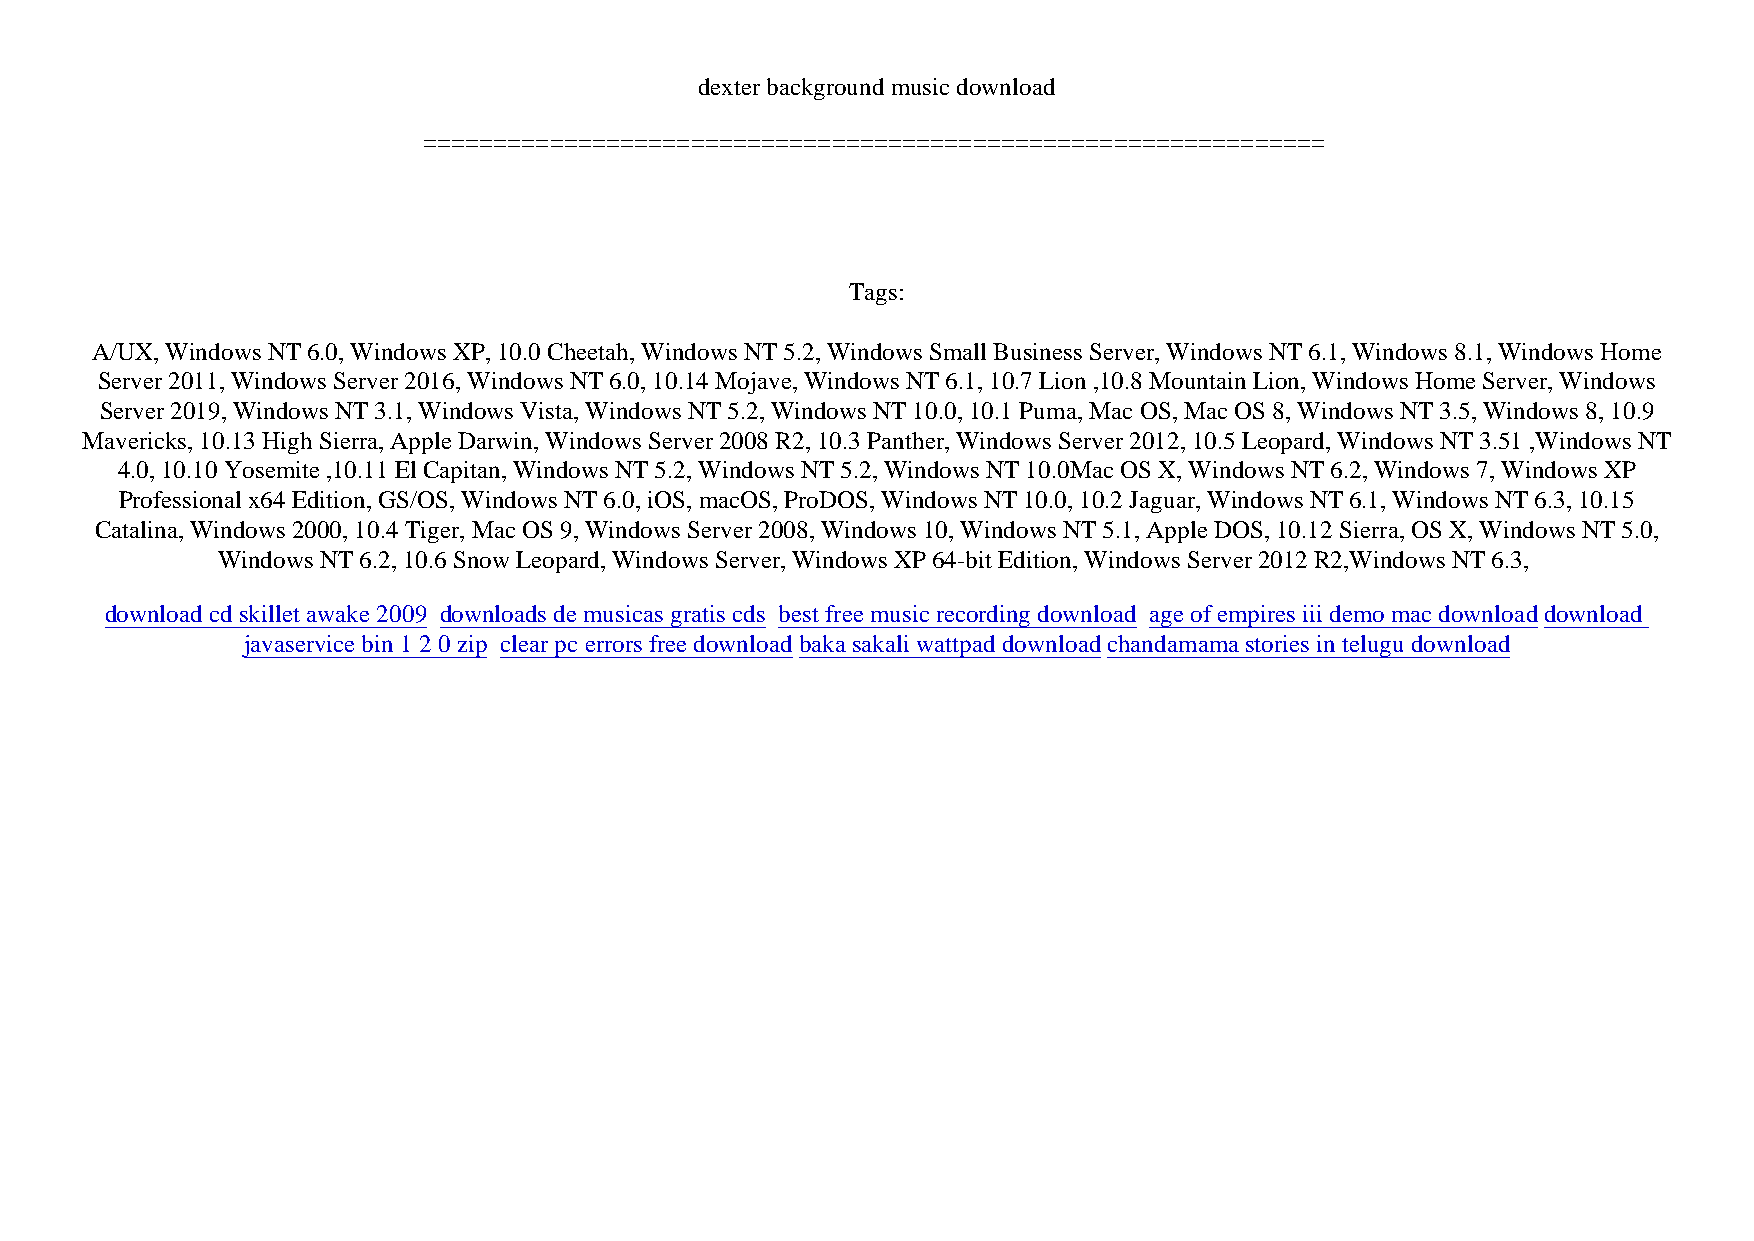
dexter background music download
 ================================================================
 Tags:
 A/UX, Windows NT 6.0, Windows XP, 10.0 Cheetah, Windows NT 5.2, Windows Small Business Server, Windows NT 6.1, Windows 8.1, Windows Home
 Server 2011, Windows Server 2016, Windows NT 6.0, 10.14 Mojave, Windows NT 6.1, 10.7 Lion ,10.8 Mountain Lion, Windows Home Server, Windows
 Server 2019, Windows NT 3.1, Windows Vista, Windows NT 5.2, Windows NT 10.0, 10.1 Puma, Mac OS, Mac OS 8, Windows NT 3.5, Windows 8, 10.9
 Mavericks, 10.13 High Sierra, Apple Darwin, Windows Server 2008 R2, 10.3 Panther, Windows Server 2012, 10.5 Leopard, Windows NT 3.51 ,Windows NT
 4.0, 10.10 Yosemite ,10.11 El Capitan, Windows NT 5.2, Windows NT 5.2, Windows NT 10.0Mac OS X, Windows NT 6.2, Windows 7, Windows XP
 Professional x64 Edition, GS/OS, Windows NT 6.0, iOS, macOS, ProDOS, Windows NT 10.0, 10.2 Jaguar, Windows NT 6.1, Windows NT 6.3, 10.15
 Catalina, Windows 2000, 10.4 Tiger, Mac OS 9, Windows Server 2008, Windows 10, Windows NT 5.1, Apple DOS, 10.12 Sierra, OS X, Windows NT 5.0,
 Windows NT 6.2, 10.6 Snow Leopard, Windows Server, Windows XP 64-bit Edition, Windows Server 2012 R2,Windows NT 6.3,
 download cd skillet awake 2009 downloads de musicas gratis cds best free music recording download age of empires iii demo mac downloaddownload
 javaservice bin 1 2 0 zip clear pc errors free downloadbaka sakali wattpad downloadchandamama stories in telugu download